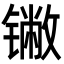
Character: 𬭯